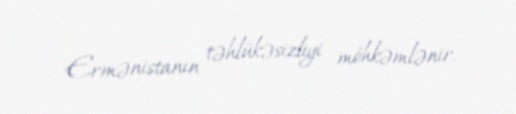
Ermənistanın təhlükəsizliyi möhkəmlənir.